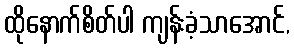
ထိုနောက်စိတ်ပါ ကျန်းခံ့သာအောင်,